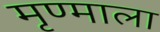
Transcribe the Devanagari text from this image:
मृण्माला